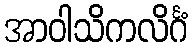
အာဝါသိကလိင်္ဂံ